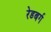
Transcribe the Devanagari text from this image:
रेडबर्ग